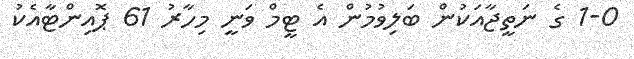
1-0 ގެ ނަތީޖާއަކުން ބަލިވުމުން އެ ޓީމް ވަނީ މިހާރު 61 ޕޮއިންޓާއެކު